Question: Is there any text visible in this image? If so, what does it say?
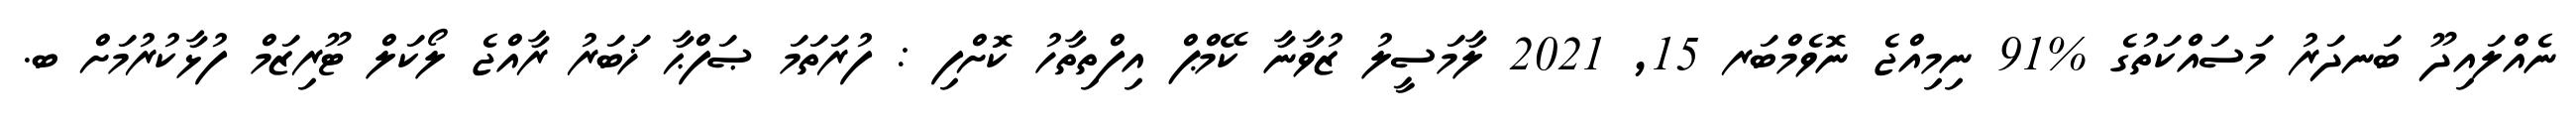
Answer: ނެއްލައިދޫ ބަނދަރު މަސައްކަތުގެ %91 ނިމިއްޖެ ނޮވެމްބަރ 15, 2021 ލާމަސީލު ޒުވާނާ ކޭމްޕް އިފްތިތާހު ކޮށްފި : ފުރަތަމަ ޞަފްޙާ ޚަބަރު ރާއްޖެ ލޯކަލް ޓޫރިޒަމް ފުޅާކުރުމަށް ބ.